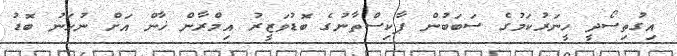
އިގުތިސޯދީ ހީނަރުކަމުގެ ސަބަބުން ޕާކިސްތާނުގެ ބޮޑުވަޒީރު އިމްރާން ޚާން އަށް ނުހަނު ބޮޑު